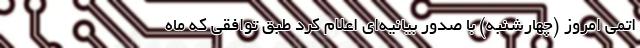
اتمی امروز (چهارشنبه) با صدور بیانیه‌ای اعلام کرد طبق توافقی که ماه